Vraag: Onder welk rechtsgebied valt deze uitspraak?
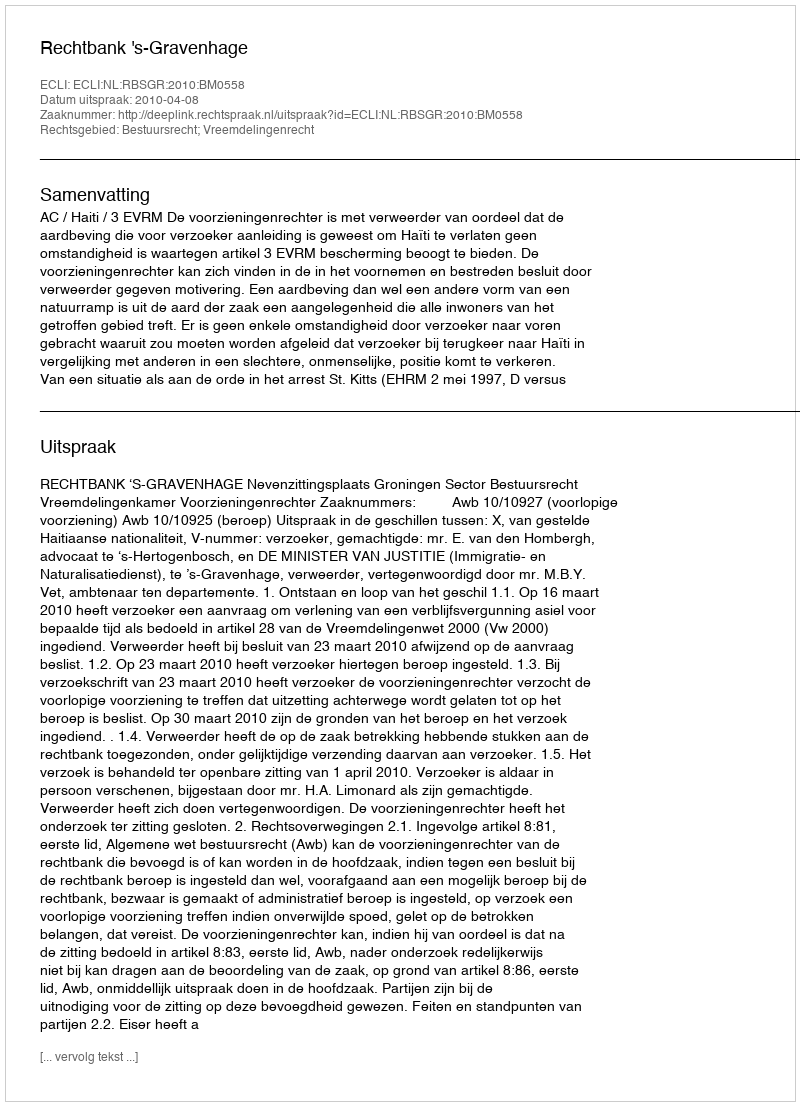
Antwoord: Bestuursrecht; Vreemdelingenrecht